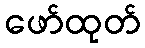
ဖော်ထုတ်